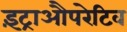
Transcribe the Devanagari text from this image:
इंट्राऔपरेटिव